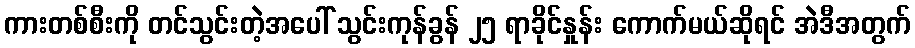
ကားတစ်စီးကို တင်သွင်းတဲ့အပေါ် သွင်းကုန်ခွန် ၂၅ ရာခိုင်နှုန်း ကောက်မယ်ဆိုရင် အဲဒီအတွက်